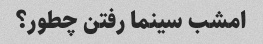
امشب سینما رفتن چطور؟